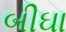
બીઘા